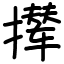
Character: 撵